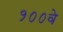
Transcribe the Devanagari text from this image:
१००वे